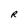
Character: R